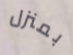
بمنزل